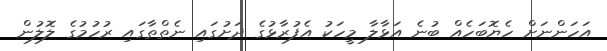
އަހަންނަށް ހެޔޮބަހެއް ބުނެ އަޅާލާ މީހަކު އެފުރާޅުގެ ދަށުގައި ނެތްތާގައި ރުހުމުގެ ލޮލުން